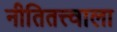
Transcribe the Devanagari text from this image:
नीतितत्त्वाला